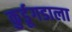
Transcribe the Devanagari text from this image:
कुर्डूगडाला